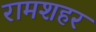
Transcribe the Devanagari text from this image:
रामशहर